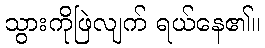
သွားကိုဖြဲလျက် ရယ်နေ၏။